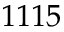
1 1 1 5